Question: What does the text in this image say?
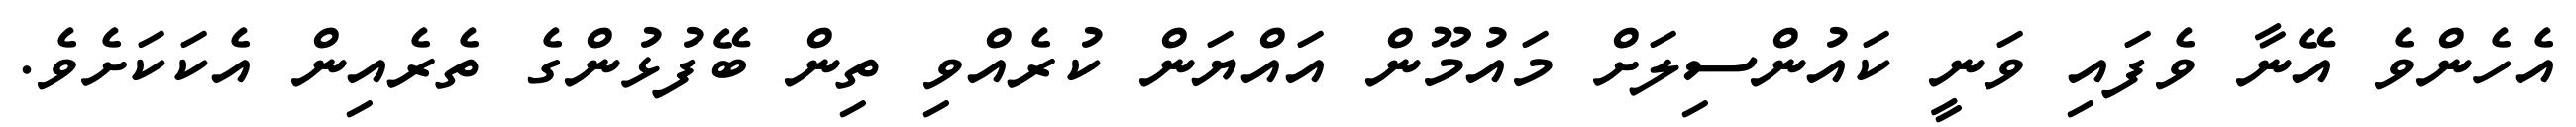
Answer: އެހެންވެ އޭނާ ވެފައި ވަނީ ކައުންސިލަށް މައުމޫން އައްޔަން ކުރެއްވި ތިން ބޭފުޅުންގެ ތެރެއިން އެކަކަށެވެ.